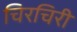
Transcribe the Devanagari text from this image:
चिरचिरी